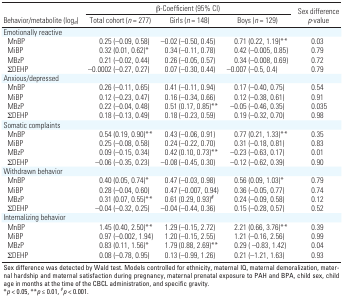
<table><thead><tr><td rowspan="2"><b>Behavior/metabolite (log<i>e</i>)</b></td><td colspan="5"><b>β-Coefficient (95% CI)</b></td><td rowspan="2"><b>Sex difference <i>p</i>-value</b></td></tr><tr><td><b>Total cohort (<i>n</i> = 277)</b></td><td><b>Girls (<i>n</i> = 148) </b></td><td><b>Boys (<i>n</i> = 129) </b></td></tr></thead><tbody><tr><td>Emotionally reactive</td><td></td><td></td><td></td><td></td><td></td><td></td><td></td><td></td></tr><tr><td>MnBP</td><td></td><td>0.25 (–0.09, 0.58)</td><td></td><td>–0.02 (–0.50, 0.45)</td><td></td><td>0.71 (0.22, 1.19)**</td><td></td><td>0.03</td></tr><tr><td>MiBP</td><td></td><td>0.32 (0.01, 0.62)*</td><td></td><td>0.34 (–0.11, 0.78)</td><td></td><td>0.42 (–0.005, 0.85)</td><td></td><td>0.79</td></tr><tr><td>MBzP</td><td></td><td>0.21 (–0.02, 0.44)</td><td></td><td>0.26 (–0.05, 0.57)</td><td></td><td>0.34 (–0.008, 0.69)</td><td></td><td>0.72</td></tr><tr><td>ΣDEHP</td><td></td><td>–0.0002 (–0.27, 0.27)</td><td></td><td>0.07 (–0.30, 0.44)</td><td></td><td>–0.007 (–0.5, 0.4)</td><td></td><td>0.79</td></tr><tr><td>Anxious/depressed</td><td></td><td></td><td></td><td></td><td></td><td></td><td></td><td></td></tr><tr><td>MnBP</td><td></td><td>0.26 (–0.11, 0.65)</td><td></td><td>0.41 (–0.11, 0.94)</td><td></td><td>0.17 (–0.40, 0.75)</td><td></td><td>0.54</td></tr><tr><td>MiBP</td><td></td><td>0.12 (–0.23, 0.47)</td><td></td><td>0.16 (–0.34, 0.66)</td><td></td><td>0.12 (–0.38, 0.61)</td><td></td><td>0.91</td></tr><tr><td>MBzP</td><td></td><td>0.22 (–0.04, 0.48)</td><td></td><td>0.51 (0.17, 0.85)**</td><td></td><td>–0.05 (–0.46, 0.35)</td><td></td><td>0.035</td></tr><tr><td>ΣDEHP</td><td></td><td>0.18 (–0.13, 0.49)</td><td></td><td>0.18 (–0.23, 0.59)</td><td></td><td>0.19 (–0.32, 0.70)</td><td></td><td>0.98</td></tr><tr><td>Somatic complaints</td><td></td><td></td><td></td><td></td><td></td><td></td><td></td><td></td></tr><tr><td>MnBP</td><td></td><td>0.54 (0.19, 0.90)**</td><td></td><td>0.43 (–0.06, 0.91)</td><td></td><td>0.77 (0.21, 1.33)**</td><td></td><td>0.35</td></tr><tr><td>MiBP</td><td></td><td>0.25 (–0.08, 0.58)</td><td></td><td>0.24 (–0.22, 0.70)</td><td></td><td>0.31 (–0.18, 0.81)</td><td></td><td>0.83</td></tr><tr><td>MBzP</td><td></td><td>0.09 (–0.15, 0.34)</td><td></td><td>0.42 (0.10, 0.73)**</td><td></td><td>–0.23 (–0.63, 0.17)</td><td></td><td>0.01</td></tr><tr><td>ΣDEHP</td><td></td><td>–0.06 (–0.35, 0.23)</td><td></td><td>–0.08 (–0.45, 0.30)</td><td></td><td>–0.12 (–0.62, 0.39)</td><td></td><td>0.90</td></tr><tr><td>Withdrawn behavior</td><td></td><td></td><td></td><td></td><td></td><td></td><td></td><td></td></tr><tr><td>MnBP</td><td></td><td>0.40 (0.05, 0.74)*</td><td></td><td>0.47 (–0.03, 0.98)</td><td></td><td>0.56 (0.09, 1.03)*</td><td></td><td>0.79</td></tr><tr><td>MiBP</td><td></td><td>0.28 (–0.04, 0.60)</td><td></td><td>0.47 (–0.007, 0.94)</td><td></td><td>0.36 (–0.05, 0.77)</td><td></td><td>0.74</td></tr><tr><td>MBzP</td><td></td><td>0.31 (0.07, 0.55)**</td><td></td><td>0.61 (0.29, 0.93)<sup>#</sup></td><td></td><td>0.24 (–0.09, 0.58)</td><td></td><td>0.12</td></tr><tr><td>ΣDEHP</td><td></td><td>–0.04 (–0.32, 0.25)</td><td></td><td>–0.04 (–0.44, 0.36)</td><td></td><td>0.15 (–0.28, 0.57)</td><td></td><td>0.52</td></tr><tr><td>Internalizing behavior</td><td></td><td></td><td></td><td></td><td></td><td></td><td></td><td></td></tr><tr><td>MnBP</td><td></td><td>1.45 (0.40, 2.50)**</td><td></td><td>1.29 (–0.15, 2.72)</td><td></td><td>2.21 (0.66, 3.76)**</td><td></td><td>0.39</td></tr><tr><td>MiBP</td><td></td><td>0.97 (–0.002, 1.94)</td><td></td><td>1.20 (–0.15, 2.55)</td><td></td><td>1.21 (–0.16, 2.56)</td><td></td><td>0.99</td></tr><tr><td>MBzP</td><td></td><td>0.83 (0.11, 1.56)*</td><td></td><td>1.79 (0.88, 2.69)**</td><td></td><td>0.29 ( –0.83, 1.42)</td><td></td><td>0.04</td></tr><tr><td>ΣDEHP</td><td></td><td>0.08 (–0.78, 0.95)</td><td></td><td>0.13 (–0.99, 1.26)</td><td></td><td>0.21 (–1.21, 1.63)</td><td></td><td>0.93</td></tr><tr><td colspan="9">Sex difference was detected by Wald test. Models controlledfor ethnicity, maternal IQ, maternal demoralization, maternal hardshipand maternal satisfaction during pregnancy, maternal prenatal exposureto PAH and BPA, child sex, child age in months at the time of the CBCLadministration, and specific gravity. *<i>p</i> &lt; 0.05, **<i>p</i> ≤0.01, <sup>#</sup><i>p</i> &lt; 0.001.</td></tr></tbody></table>